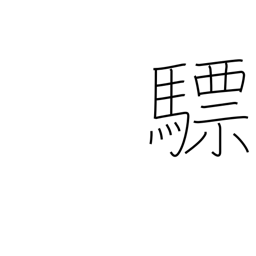
Meaning: white horse